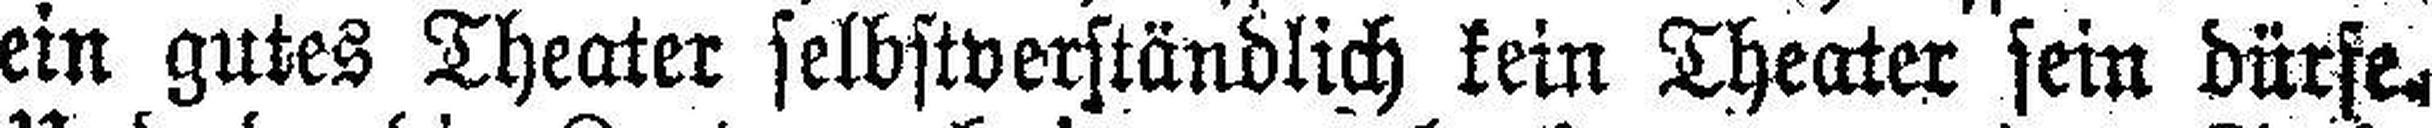
ein gutes Theater selbstverständlich kein Theater sein dürfe.